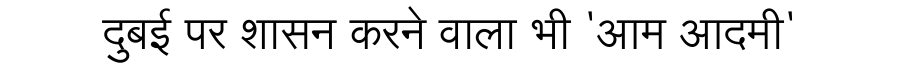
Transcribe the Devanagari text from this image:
दुबई पर शासन करने वाला भी 'आम आदमी'